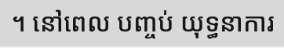
។ នៅពេល បញ្ចប់ យុទ្ធនាការ